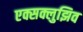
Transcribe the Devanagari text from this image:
एक्सक्लुझिव